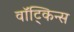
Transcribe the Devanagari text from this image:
वॉट्किन्स